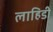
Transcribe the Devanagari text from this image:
लाहिडी़